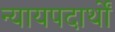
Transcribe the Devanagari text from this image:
न्यायपदार्थों